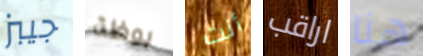
جيبز بوظة أنت اراقب هنا